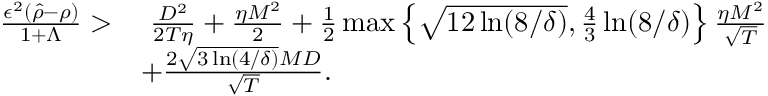
\begin{array} { r l } { \frac { \epsilon ^ { 2 } ( \hat { \rho } - \rho ) } { 1 + \Lambda } > } & { ~ \frac { D ^ { 2 } } { 2 T \eta } + \frac { \eta M ^ { 2 } } { 2 } + \frac { 1 } { 2 } \operatorname* { m a x } \left\{ \sqrt { 1 2 \ln ( 8 / \delta ) } , \frac { 4 } { 3 } \ln ( 8 / \delta ) \right\} \frac { \eta M ^ { 2 } } { \sqrt { T } } } \\ & { + \frac { 2 \sqrt { 3 \ln ( 4 / \delta ) } M D } { \sqrt { T } } . } \end{array}